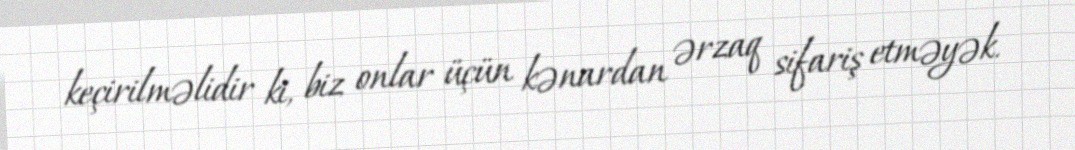
keçirilməlidir ki, biz onlar üçün kənardan ərzaq sifariş etməyək.